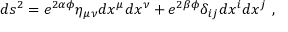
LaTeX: d s ^ { 2 } = e ^ { 2 \alpha \phi } \eta _ { \mu \nu } d x ^ { \mu } d x ^ { \nu } + e ^ { 2 \beta \phi } \delta _ { i j } d x ^ { i } d x ^ { j } \ ,